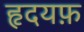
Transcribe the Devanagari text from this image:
हृदयफ़